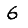
Digit: 6